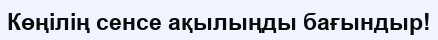
Көңілің сенсе ақылыңды бағындыр!